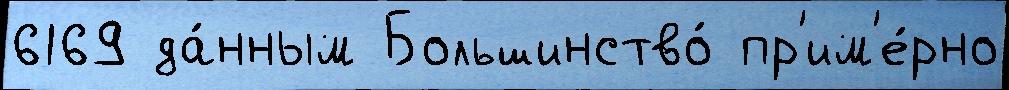
6169 да́нным Большинство́ пр'им'е́рно